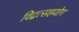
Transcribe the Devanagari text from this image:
विद्वत्सहयोग